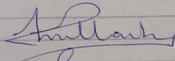
Signature authenticity: forged